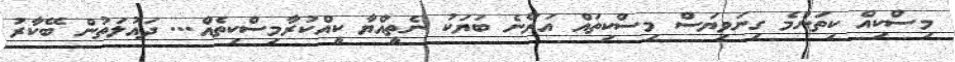
މިސްކިއް ކިތަންމެ ގިނަވިޔަސް މިސްކިތައް އަރާނެ ބަޔަކު ނެތީއްޔާ ކީއްކުރާމިސްކިތެއް... ދައުލަތުން ބޭކާރު